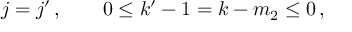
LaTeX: j = j ^ { \prime } \, , \qquad 0 \leq k ^ { \prime } - 1 = k - m _ { 2 } \leq 0 \, ,